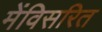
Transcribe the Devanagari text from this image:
मेंविसरित